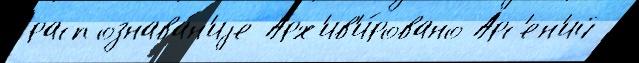
распознава́н'иjе Арх'ив'и́ровано Арс'ен'ий